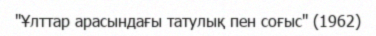
"Ұлттар арасындағы татулық пен соғыс" (1962)